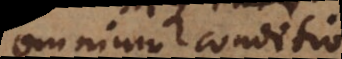
omnium conditio